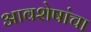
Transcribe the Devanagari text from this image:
आवशेषांचा